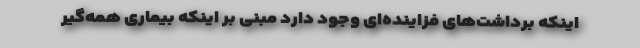
اینکه برداشت‌های فزاینده‌ای وجود دارد مبنی بر اینکه بیماری همه‌گیر